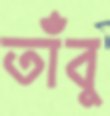
তাঁবু